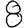
Digit: 8